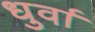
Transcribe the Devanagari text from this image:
धुर्वा